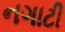
નગાટી